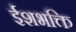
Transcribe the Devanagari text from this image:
ईशभक्ति